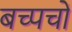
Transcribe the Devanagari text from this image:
बच्पचों